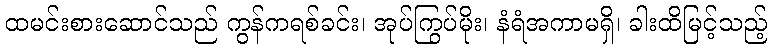
ထမင်းစားဆောင်သည် ကွန်ကရစ်ခင်း၊ အုပ်ကြွပ်မိုး၊ နံရံအကာမရှိ၊ ခါးထိမြင့်သည့်